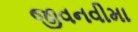
જીવનવીમા